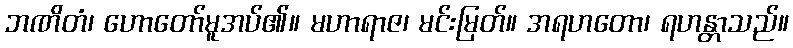
ဘဏိတံ၊ ဟောတော်မူအပ်၏။ မဟာရာဇ၊ မင်းမြတ်။ အရဟတော၊ ရဟန္တာသည်။